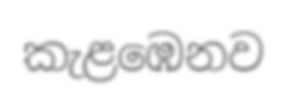
කැළඹෙනව